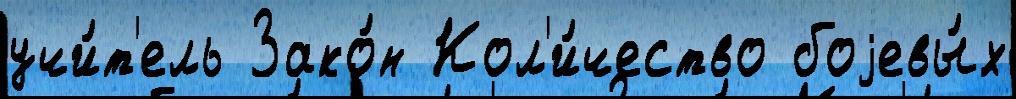
учи́т'ель Зако́н Кол'и́чество боjевы́х